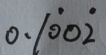
0 . 1 \dot { 0 } 0 \dot { 2 }